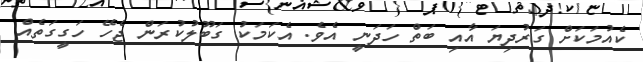
ކެއުމަކަށް ގަރުދިޔަ އާއި ބަތް ހަދަނީ އެވެ. އެކަމަކު ގަބޫލުކުރަން ޖެހޭ ހަގީގަތެއް